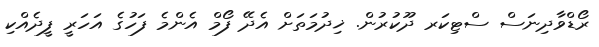
ރޯޑްވާދިނަސް ސްޓިކަރ ދޫކުރުން. ޚިދުމަތަށް އެދޭ ފޯމް އެންމެ ފަހުގެ އަހަރީ ފީދެއްކި